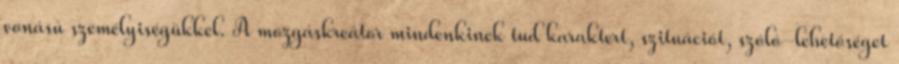
vonású személyiségükkel. A mozgáskreátor mindenkinek tud karaktert, szituációt, szóló-lehetőséget